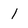
Character: l